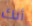
أنك